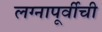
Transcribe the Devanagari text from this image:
लग्नापूर्वीची